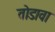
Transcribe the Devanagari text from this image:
तोडावा